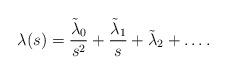
LaTeX: \begin{align*}\lambda(s) = \frac{\tilde{\lambda}_0}{s^2} + \frac{\tilde{\lambda}_1}{s} + \tilde{\lambda}_2 + \dots.\end{align*}